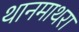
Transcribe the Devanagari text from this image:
थानमाथरा